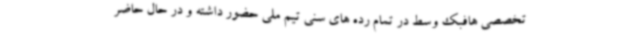
تخصصی هافبک وسط در تمام رده های سنی تیم ملی حضور داشته و در حال حاضر